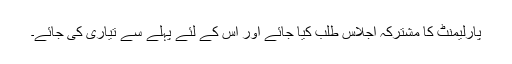
پارلیمنٹ کا مشترکہ اجلاس طلب کیا جائے اور اس کے لئے پہلے سے تیاری کی جائے۔